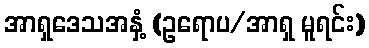
အာရှဒေသအနှံ့ (ဥရောပ/အာရှ မူရင်း)